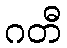
ဂတီ